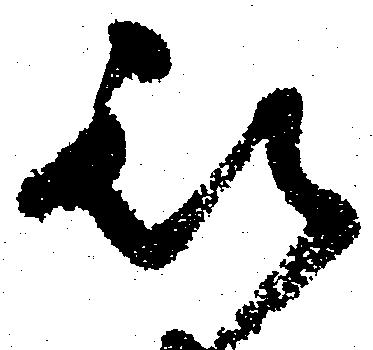
被